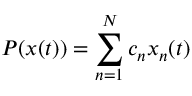
P ( x ( t ) ) = \sum _ { n = 1 } ^ { N } c _ { n } x _ { n } ( t )